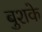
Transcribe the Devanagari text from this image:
बुशके